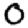
Digit: 0